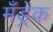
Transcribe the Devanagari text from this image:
मँड्रेक